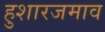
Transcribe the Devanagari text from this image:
हुशारजमाव